Report on the bubonic plague in Bombay, 1896-1897
Year: 1896
Disease focus: Plague
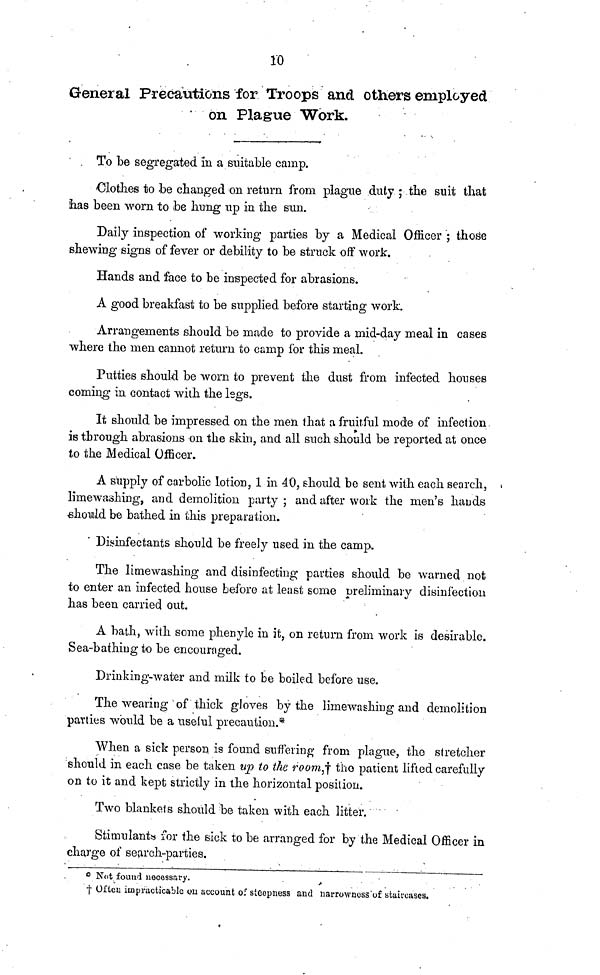
10
General Precautions for Troops and others employed
on Plague Work.
To be segregated in a suitable camp.
Clothes to be changed on return from plague duty ; the suit that
has been worn to be hung up in the sun.
Daily inspection of working parties by a Medical Officer ; those
shewing signs of fever or debility to be struck off work.
Hands and face to be inspected for abrasions.
A good breakfast to be supplied before starting work.
Arrangements should be made to provide a mid-day meal in cases
where the men cannot return to camp for this meal.
Putties should be worn to prevent the dust from infected houses
coming in contact with the legs.
It should be impressed on the men that a fruitful mode of infection
is through abrasions on the skin, and all such should be reported at once
to the Medical Officer.
A supply of carbolic lotion, 1 in 40, should be sent with each search,
limewashing, and demolition party ; and after work the men's hands
should be bathed in this preparation.
Disinfectants should be freely used in the camp.
The limewashing and disinfecting parties should be warned not
to enter an infected house before at least some preliminary disinfection
has been carried out.
A bath, with some phenylc in it, on return from work is desirable.
Sea-bathing to be encouraged.
Drinking-water and milk to be boiled before use.
The wearing of thick gloves by the limewashing and demolition
parties would be a useful precaution.*
When a sick person is found suffering from plague, the stretcher
should in each case be taken up to the room, † the patient lifted carefully
on to it and kept strictly in the horizontal position.
Two blankets should be taken with each litter.
Stimulants for the sick to be arranged for by the Medical Officer in
charge of search-parties.°
Not found necessary.
† Often impracticable on account of steepness and narrowness "of staircases.